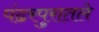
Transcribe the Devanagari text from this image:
पंढरपुरातले